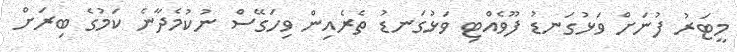
މީޓަރު ފުނަށް ވަޅުގަނޑު ފޫވެއްޓި ވަޅުގަނޑު ތެރެއިން ވިހަގޭސް ނުކުމެދާނެ ކަމުގެ ބިރަށް